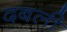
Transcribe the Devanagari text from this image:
दबली